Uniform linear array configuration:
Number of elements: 8
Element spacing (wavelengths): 1
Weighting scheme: blackman
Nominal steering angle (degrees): -45
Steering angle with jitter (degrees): -43.588
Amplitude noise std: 0.05
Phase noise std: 0.05

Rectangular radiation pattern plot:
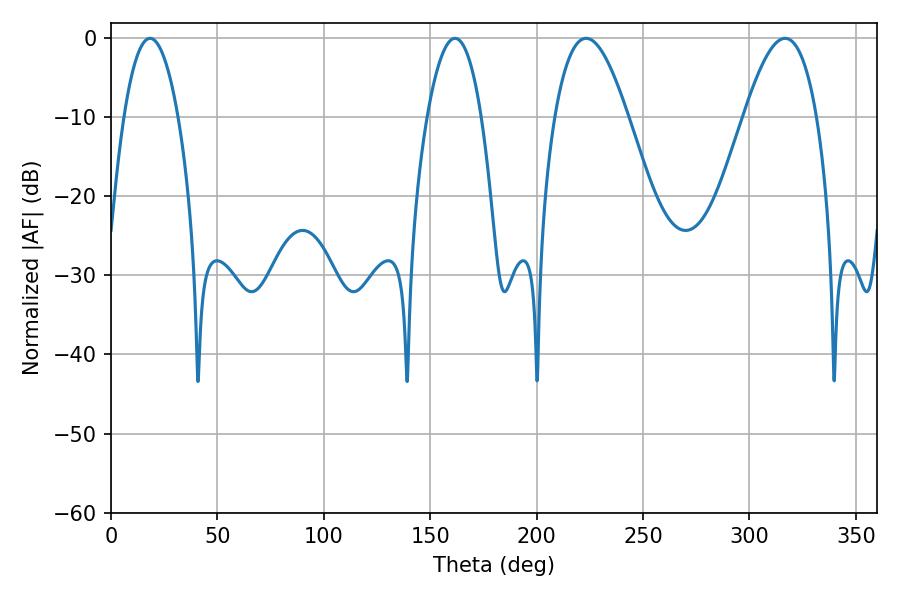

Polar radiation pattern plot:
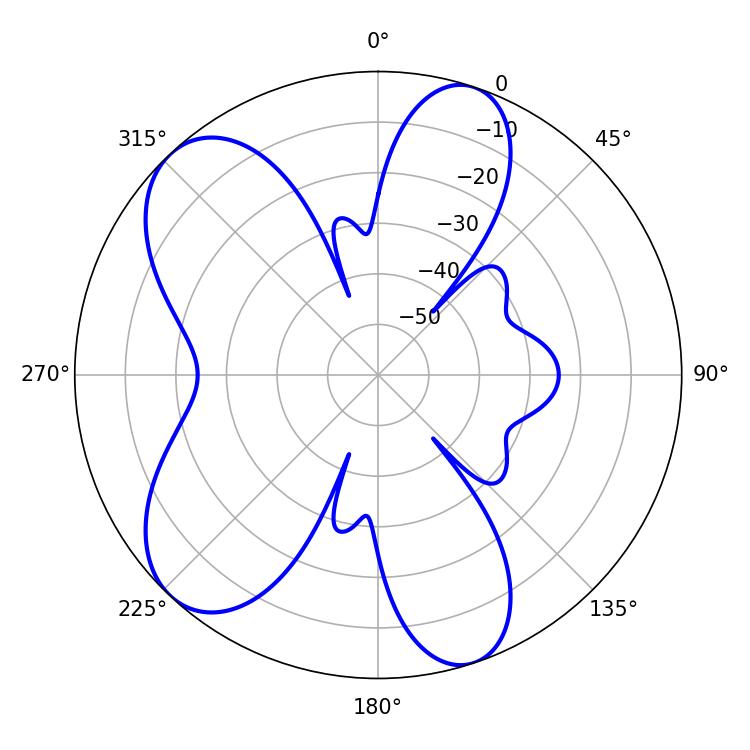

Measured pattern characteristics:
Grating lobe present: TRUE
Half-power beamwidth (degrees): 14.04
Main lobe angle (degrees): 18.36